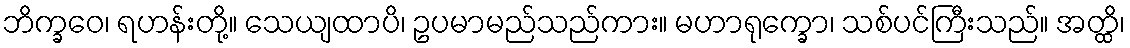
ဘိက္ခဝေ၊ ရဟန်းတို့။ သေယျထာပိ၊ ဥပမာမည်သည်ကား။ မဟာရုက္ခော၊ သစ်ပင်ကြီးသည်။ အတ္ထိ၊